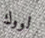
لووك